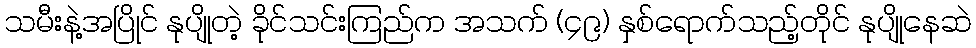
သမီးနဲ့အပြိုင် နုပျိုတဲ့ ခိုင်သင်းကြည်က အသက် (၄၉) နှစ်ရောက်သည့်တိုင် နုပျိုနေဆဲ